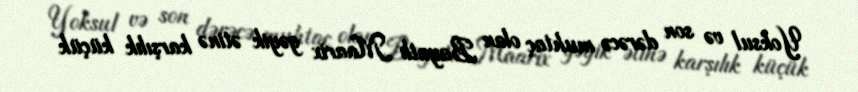
Yoksul və son dərəcə muhtaç olan Bayatlı Maarix gəyik ətinə karşılık küçük